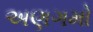
અણગમો